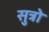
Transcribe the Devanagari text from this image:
सुत्रो